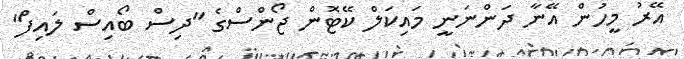
އޭރު މީހުން އޭނާ ދަންނަނީ މައިކަލް ކޭޓޮން ޖޯންސްގެ "ދިސް ބޯއިސް ލައިފް"